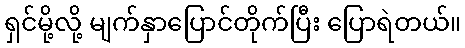
ရှင်မို့လို့ မျက်နှာပြောင်တိုက်ပြီး ပြောရဲတယ်။